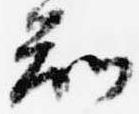
知